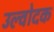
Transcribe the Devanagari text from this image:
उल्वोदक